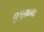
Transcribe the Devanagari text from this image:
मुमुक्षत्व।